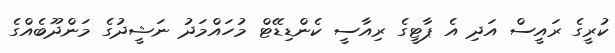
ކުރީގެ ރައީސް އަދި އެ ޕާޓީގެ ރިއާސީ ކެންޑިޑޭޓް މުހައްމަދު ނަޝީދުގެ މަންދޫބެއްގެ